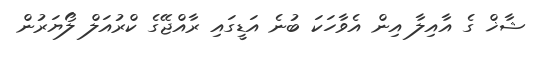
ޝާޚް ގެ އާއިލާ އިން އެވާހަކަ ބުނެ އަޑީގައި ރާއްޖޭގެ ކްރުއަލް ލޯޔަރުން